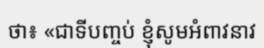
ថា៖ «ជាទីបញ្ចប់ ខ្ញុំសូមអំពាវនាវ